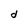
Character: d